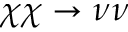
\chi \chi \to \nu \nu